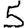
Digit: 5